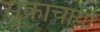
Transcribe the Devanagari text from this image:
सुक्राचार्या